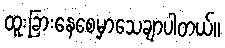
ထူးခြားနေစေမှာသေချာပါတယ်။